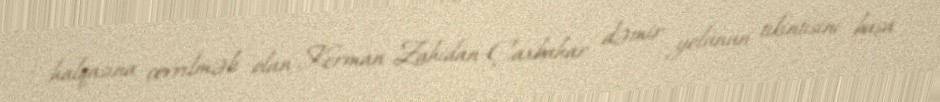
halqasına çevrilməli olan Kerman-Zahidan-Çaxbahar dəmir yolunun tikintisini başa